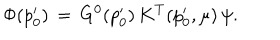
\Phi ( p _ { 0 } ^ { \prime } ) \, = \, G ^ { 0 } ( p _ { 0 } ^ { \prime } ) \, K ^ { T } ( p _ { 0 } ^ { \prime } , \mu ) \, \psi .